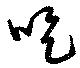
吃